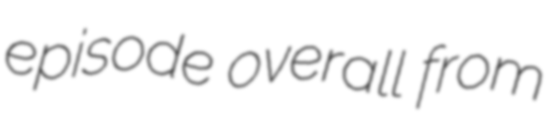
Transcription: episode overall from